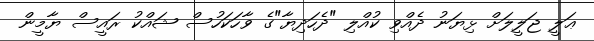
ޢަލީ ޖަލީލަށް ޅިޔަނު ދެއްވި ކުއްލި "ދެހަދިޔާ"ގެ ވާހަކަހުސް ޝައްކު ރައީސް ޔާމީން